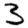
Digit: 3